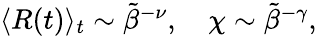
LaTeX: \begin{array}{r}{\langle R(t)\rangle_{t}\sim\tilde{\beta}^{-\nu},\quad\chi\sim\tilde{\beta}^{-\gamma},}\end{array}